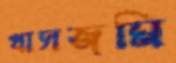
খাসজমি